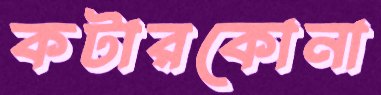
কটারকোনা